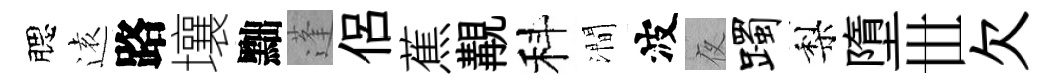
腮逺路壤黜蓬侶蕉覯科澗波夜躅梨墮𠀍欠